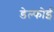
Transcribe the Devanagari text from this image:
डेल्फोई